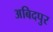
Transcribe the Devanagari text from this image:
अबिदपुर